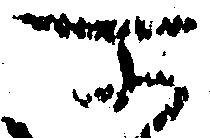
所